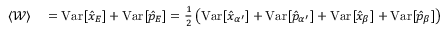
\begin{array} { r l } { \langle \mathcal { W } \rangle } & { { } = \mathrm { V a r } [ \hat { x } _ { E } ] + \mathrm { V a r } [ \hat { p } _ { E } ] = \frac { 1 } { 2 } \left( \mathrm { V a r } [ \hat { x } _ { \alpha ^ { \prime } } ] + \mathrm { V a r } [ \hat { p } _ { \alpha ^ { \prime } } ] + \mathrm { V a r } [ \hat { x } _ { \beta } ] + \mathrm { V a r } [ \hat { p } _ { \beta } ] \right) } \end{array}